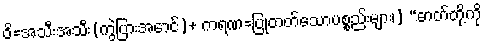
ဝိ=အသီးအသီး(ကွဲပြားအောင်)+ ကရဏ=ပြုတတ်သောပစ္စည်းများ၊] “ဓာတ်တို့ကို